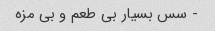
- سس بسیار بی طعم و بی مزه